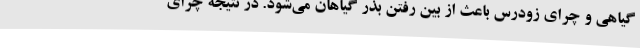
گیاهی و چرای زودرس باعث از بین رفتن بذر گیاهان می‌شود. در نتیجه چرای